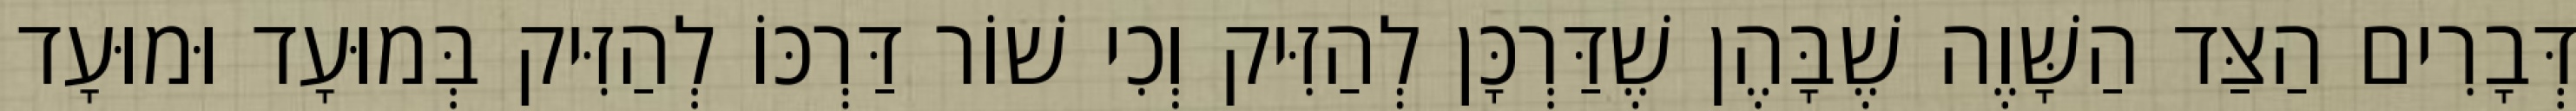
דְּבָרִים הַצַּד הַשָּׁוֶה שֶׁבָּהֶן שֶׁדַּרְכָּן לְהַזִּיק וְכִי שׁוֹר דַּרְכּוֹ לְהַזִּיק בְּמוּעָד וּמוּעָד